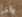
وأخر